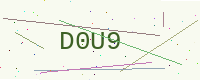
Text: D0U9